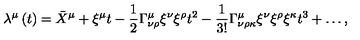
\lambda ^ { \mu } \left( t \right) = \bar { X } ^ { \mu } + \xi ^ { \mu } t - \frac { 1 } { 2 } \Gamma _ { \nu \rho } ^ { \mu } \xi ^ { \nu } \xi ^ { \rho } t ^ { 2 } - \frac { 1 } { 3 ! } \Gamma _ { \nu \rho \kappa } ^ { \mu } \xi ^ { \nu } \xi ^ { \rho } \xi ^ { \kappa } t ^ { 3 } + \ldots ,